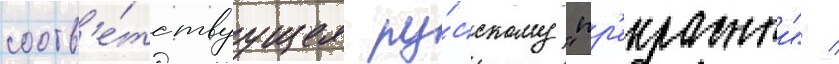
соотв'е́тствуущее ру́сскому "пр'екрасныи" /